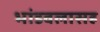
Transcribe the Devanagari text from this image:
भांडवलासह